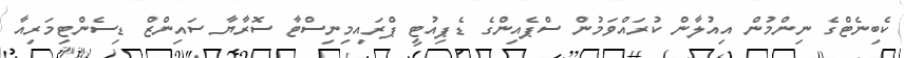
ކެބިނެޓްގެ ނިންމުން އިއުލާން ކުރައްވަމުން ސްޕެއިންގެ ޑެޕިއުޓީ ޕްރައިމިނިސްޓާ ސޮރާޔާ ސައިންޒް ޑިސެންޓިމަރިއާ